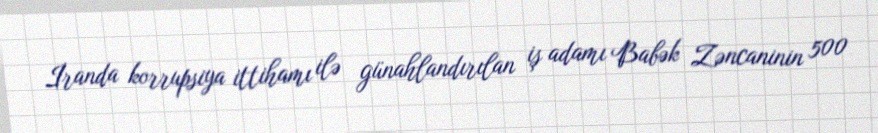
İranda korrupsiya ittihamı ilə günahlandırılan iş adamı Babək Zəncaninin 500